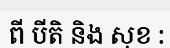
ពី បីតិ និង សុខ :